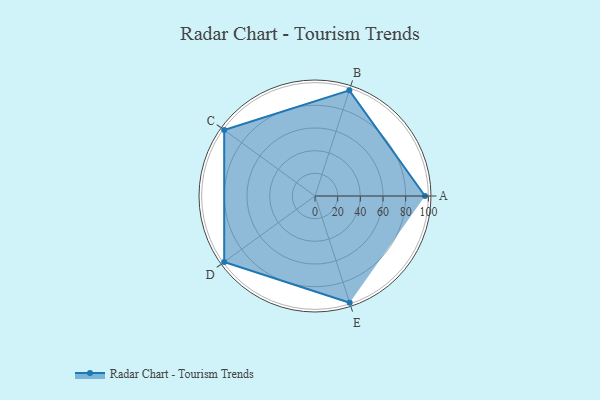
{"axis": {"x": "Skill", "y": "Score"}, "legend": ["Profile"], "data": [{"x": "A", "y": 97.0, "type": "Profile"}, {"x": "B", "y": 98.0, "type": "Profile"}, {"x": "C", "y": 99, "type": "Profile"}, {"x": "D", "y": 99, "type": "Profile"}, {"x": "E", "y": 99, "type": "Profile"}]}